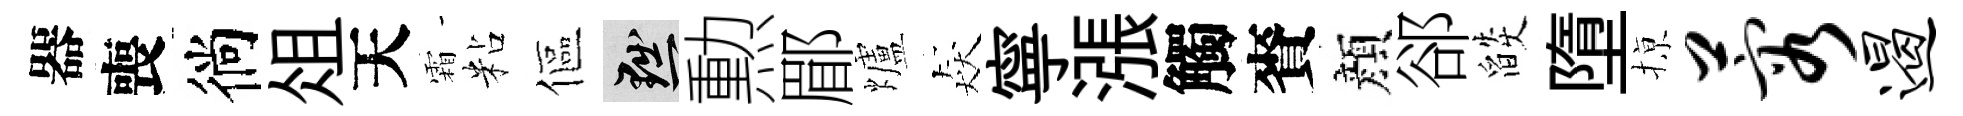
器喪徜俎天霜粘傴黜勲郿爐猋寧漲觸賚顔郤燄墮𢱊蓉遏